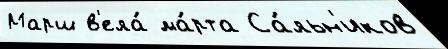
Марш в'ела́ ма́рта Са́льн'иков